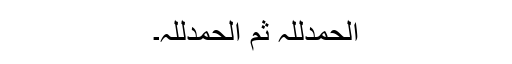
الحمدللہ ثم الحمدللہ۔